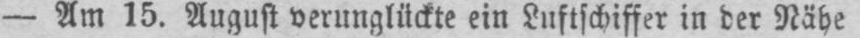
- Am 15. August verunglückte ein Luftschiffer in der Nähe